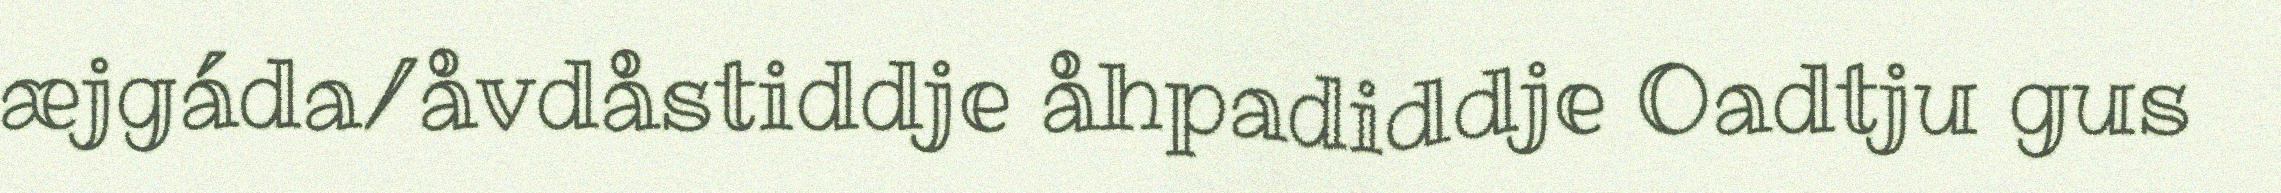
æjgáda/åvdåstiddje åhpadiddje Oadtju gus